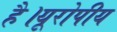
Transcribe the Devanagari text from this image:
है।यूरोपीय